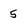
Character: 5